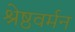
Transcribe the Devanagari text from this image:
श्रेष्ठवर्मन